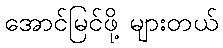
အောင်မြင်ဖို့ များတယ်